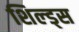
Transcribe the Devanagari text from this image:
शिल्ड्स